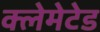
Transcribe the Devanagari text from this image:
क्लेमेटेड